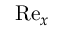
\mathrm { R e } _ { x }